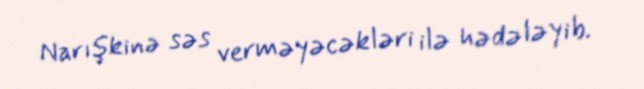
Narışkinə səs verməyəcəkləri ilə hədələyib.